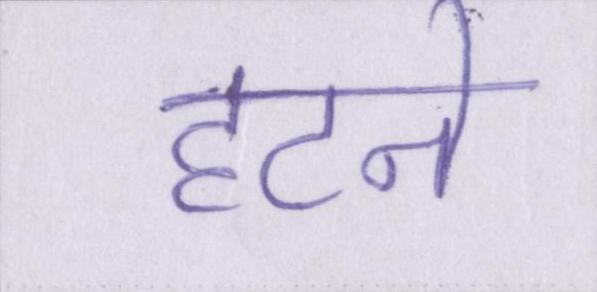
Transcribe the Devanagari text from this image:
हटने